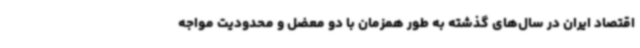
اقتصاد ایران در سال‌های گذشته به طور همزمان با دو معضل و محدودیت مواجه